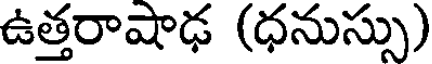
ఉత్తరాషాఢ (ధనుస్సు)